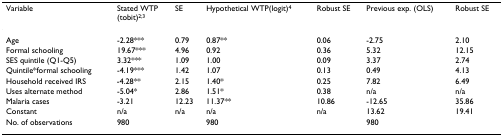
| Variable | Stated WTP(tobit)2;3 | SE | Hypothetical WTP(logit)4 | Robust SE | Previous exp. (OLS) | Robust SE |
 | --- | --- | --- | --- | --- | --- | --- |
 | Age | -2.28*** | 0.79 | 0.87** | 0.06 | -2.75 | 2.10 |
 | Formal schooling | 19.67*** | 4.96 | 0.92 | 0.36 | 5.32 | 12.15 |
 | SES quintile (Q1-Q5) | 3.32*** | 1.09 | 1.00 | 0.09 | 3.37 | 2.74 |
 | Quintile*formal schooling | -4.19*** | 1.42 | 1.07 | 0.13 | 0.49 | 4.13 |
 | Household received IRS | -4.28** | 2.15 | 1.40* | 0.25 | 7.82 | 6.49 |
 | Uses alternate method | -5.04* | 2.86 | 1.51* | 0.38 | n/a | n/a |
 | Malaria cases | -3.21 | 12.23 | 11.37** | 10.86 | -12.65 | 35.86 |
 | Constant | n/a | n/a | n/a | n/a | 13.62 | 19.41 |
 | No. of observations | 980 |  | 980 |  | 980 |  |